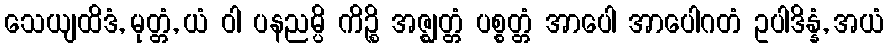
သေယျထိဒံ, မုတ္တံ, ယံ ဝါ ပနညမ္ပိ ကိဉ္စိ အဇ္ဈတ္တံ ပစ္စတ္တံ အာပေါ အာပေါဂတံ ဥပါဒိန္နံ, အယံ